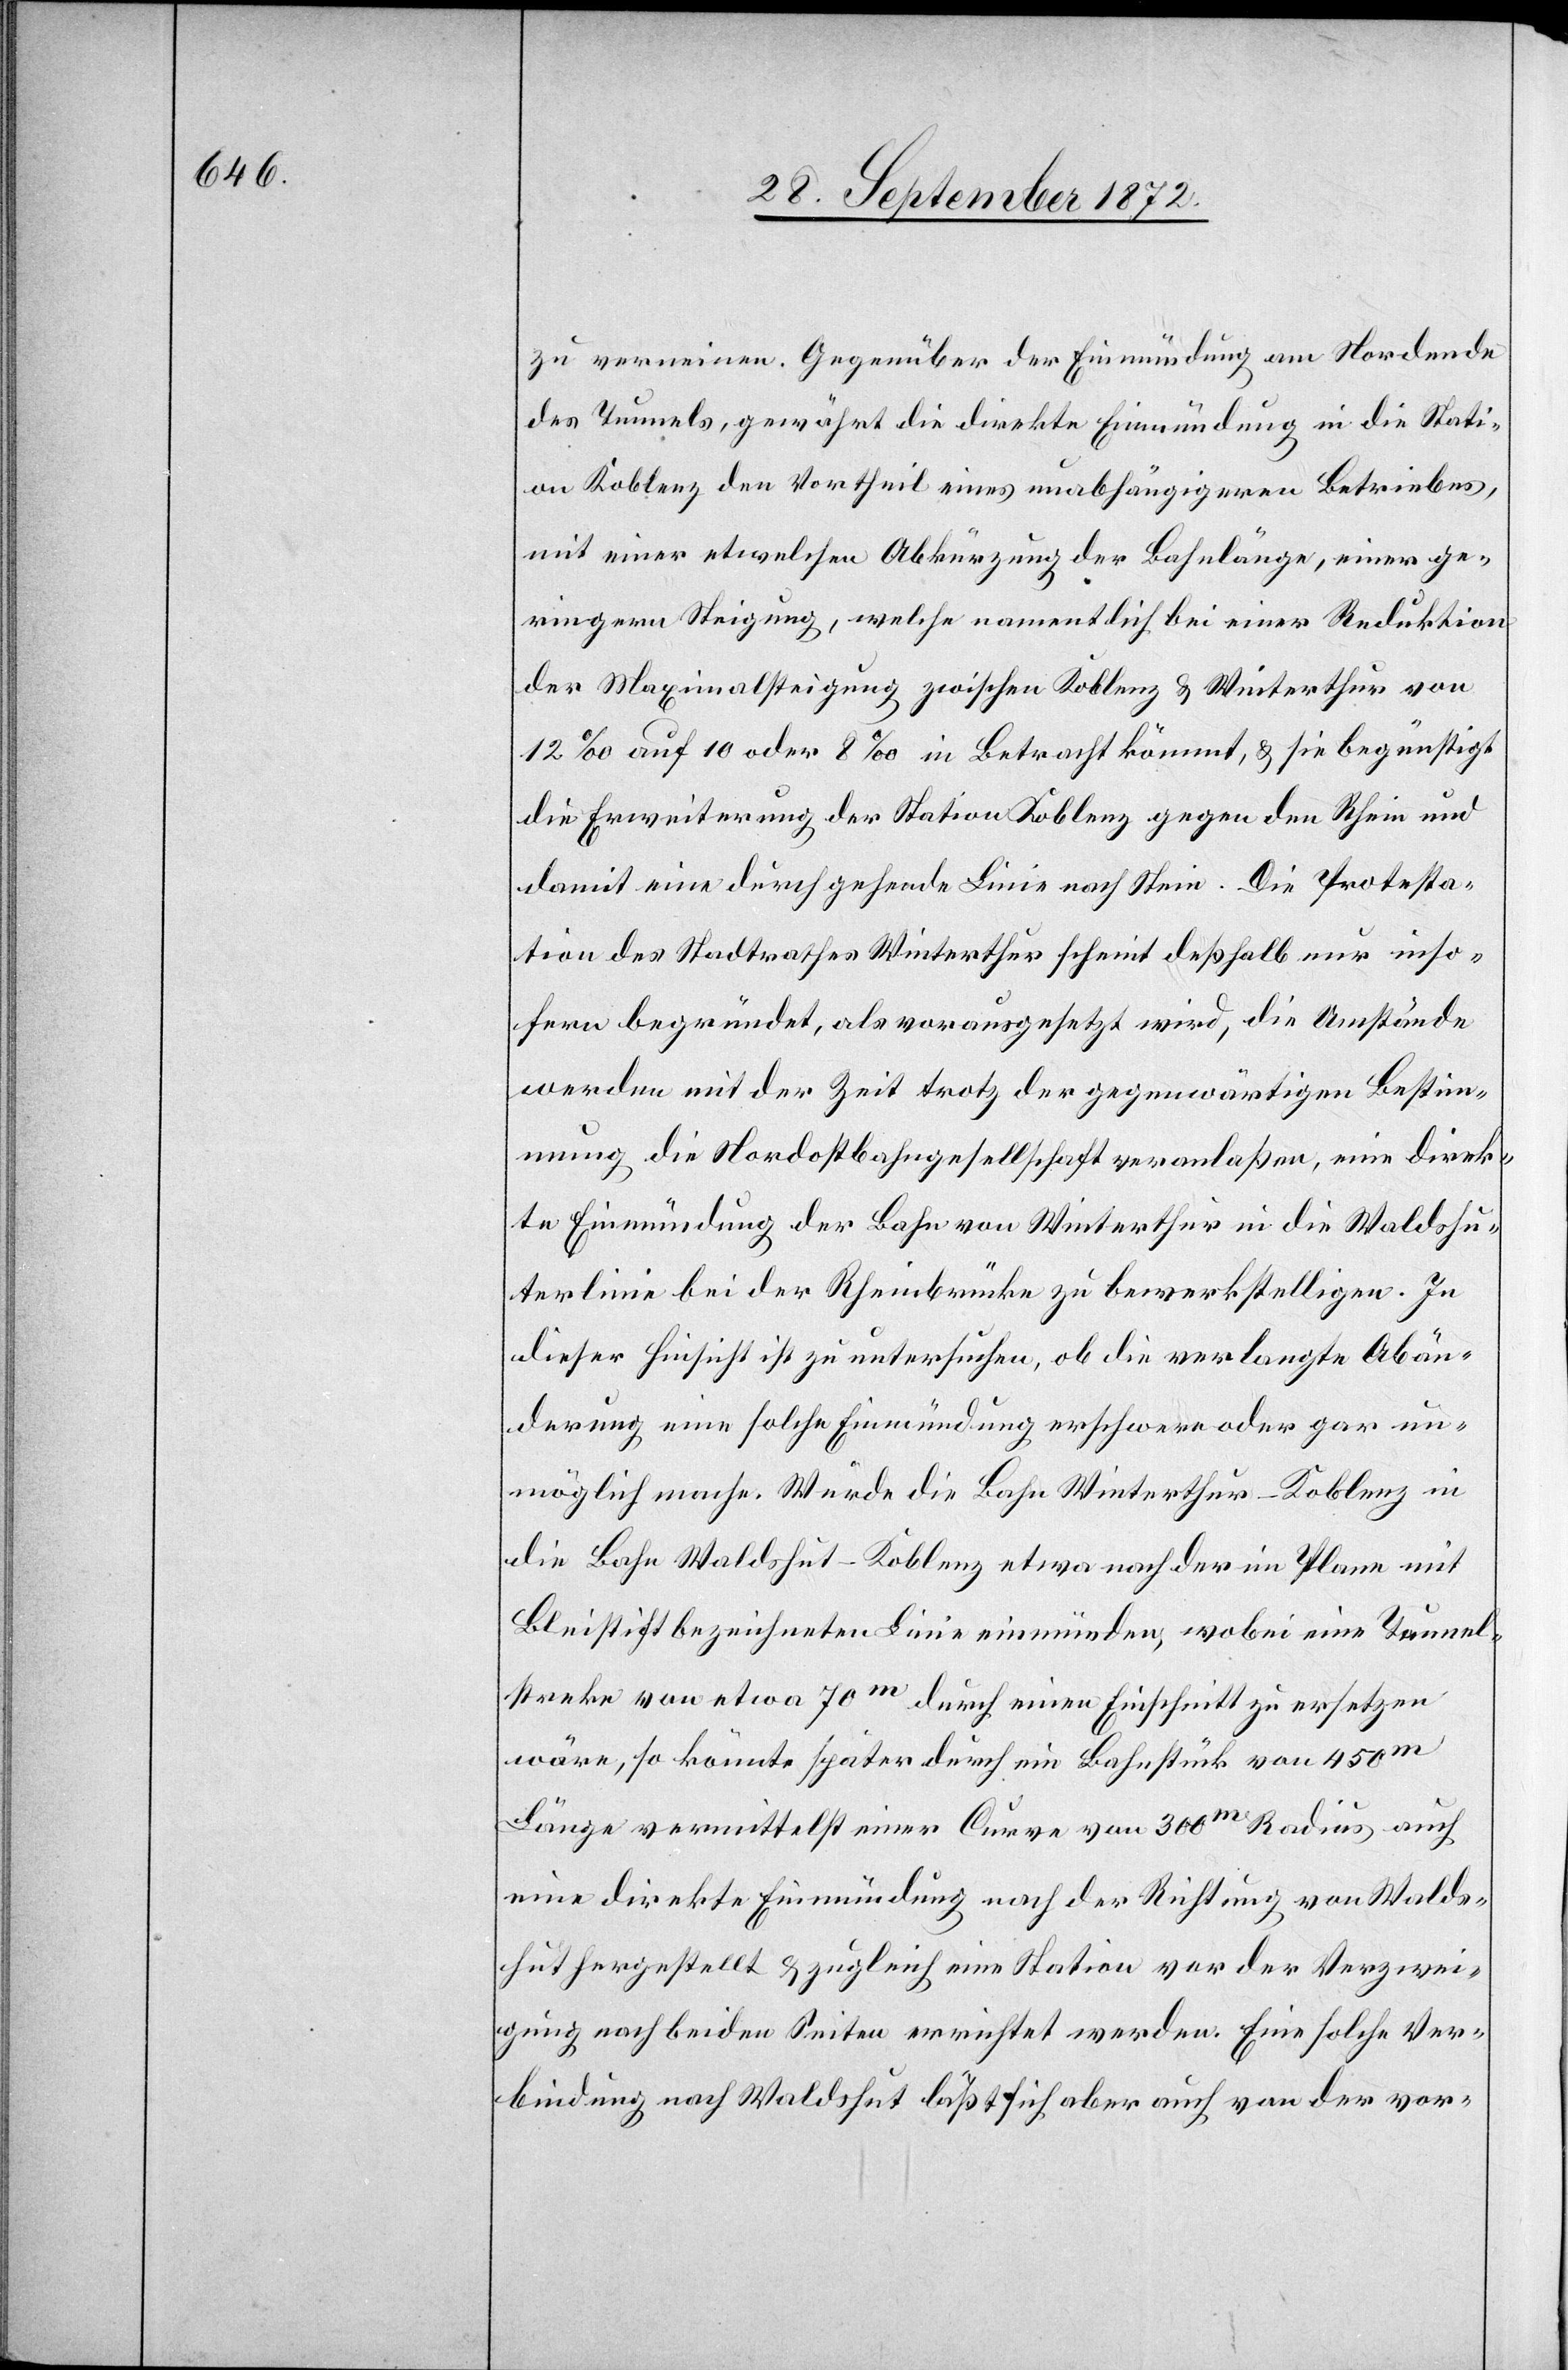
zu verneinen. Gegenüber der Einmündung am Nordende
des Tunnels, gewährt die direkte Einmündung in die Stati¬
on Koblenz den Vortheil eines unabhängigeren Betriebes,
mit einer etwelchen Abkürzung der Bahnlänge, einer ge¬
ringern Steigung, welche namentlich bei einer Reduktion
der Maximalsteigung zwischen Koblenz u. Winterthur von
12‰ auf 10 oder 8‰ in Betracht kömmt, u. sie begünstigt
die Erweiterung der Station Koblenz gegen den Rhein und
damit eine durchgehende Linie nach Stein. Die Protesta¬
tion des Stadtrathes Winterthur scheint deßhalb nur inso¬
fern begründet, als vorausgesetzt wird, die Umstände
werden mit der Zeit trotz der gegenwärtigen Bestimm¬
ung die Nordostbahngesellschaft veranlaßen, eine direk¬
te Einmündung der Bahn von Winterthur in die Waldshu¬
terlinie bei der Rheinbrücke zu bewerkstelligen. In
dieser Hinsicht ist zu untersuchen, ob die verlangte Abän¬
derung eine solche Einmündung erschwere oder gar un¬
möglich mache. Würde die Bahn Winterthur–Koblenz in
die Bahn Waldshut–Koblenz etwa nach der im Plane mit
Bleistift bezeichneten Linie einmünden, wobei eine Tunnel¬
strecke von etwa 70m durch einen Einschnitt zu ersetzen
wäre, so könnte später durch ein Bahnstück von 450m
Länge vermittelst einer Curve von 300m Radius auch
eine direkte Einmündung nach der Richtung von Walds¬
hut hergestellt u. zugleich eine Station vor der Verzwei¬
gung nach beiden Seiten errichtet werden. Eine solche Ver¬
bindung nach Waldshut läßt sich aber auch von der vor-